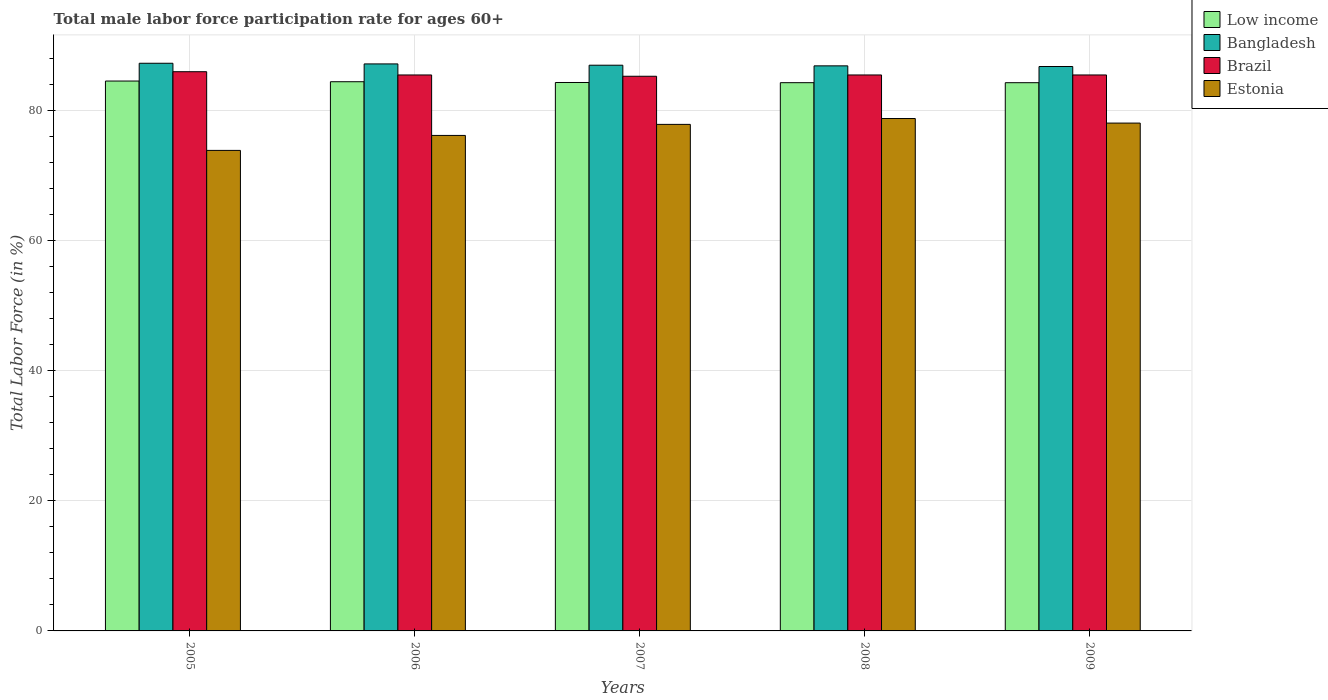
| Years | Low income | Bangladesh | Brazil | Estonia |
 | --- | --- | --- | --- | --- |
 | 2005 | 84.6 | 87.3 | 86 | 73.9 |
 | 2006 | 84.5 | 87.2 | 85.5 | 76.2 |
 | 2007 | 84.3 | 87 | 85.3 | 77.9 |
 | 2008 | 84.3 | 86.9 | 85.5 | 78.8 |
 | 2009 | 84.3 | 86.8 | 85.5 | 78.1 |